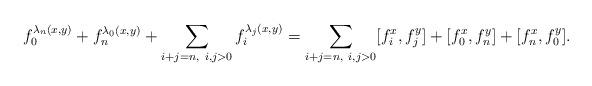
LaTeX: \begin{align*}f_0^{\lambda_n(x,y)}+f_n^{\lambda_0(x,y)}+\sum_{i+j=n,~i,j>0}f_i^{\lambda_j(x,y)}=\sum_{i+j=n,~i,j>0}[f_i^x,f_j^y]+[f_0^x,f_n^y]+[f_n^x,f_0^y].\end{align*}